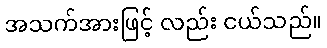
အသက်အားဖြင့် လည်း ငယ်သည်။